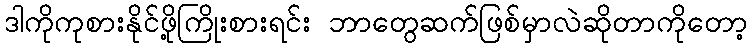
ဒါကိုကုစားနိုင်ဖို့ကြိုးစားရင်း ဘာတွေဆက်ဖြစ်မှာလဲဆိုတာကိုတော့